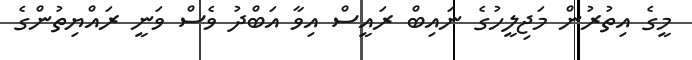
މީގެ އިތުރުން މަޖިލީހުގެ ނައިބް ރައީސް އިވާ އަބްދު ވެސް ވަނީ ރައްޔިތުންގެ